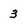
Character: 3